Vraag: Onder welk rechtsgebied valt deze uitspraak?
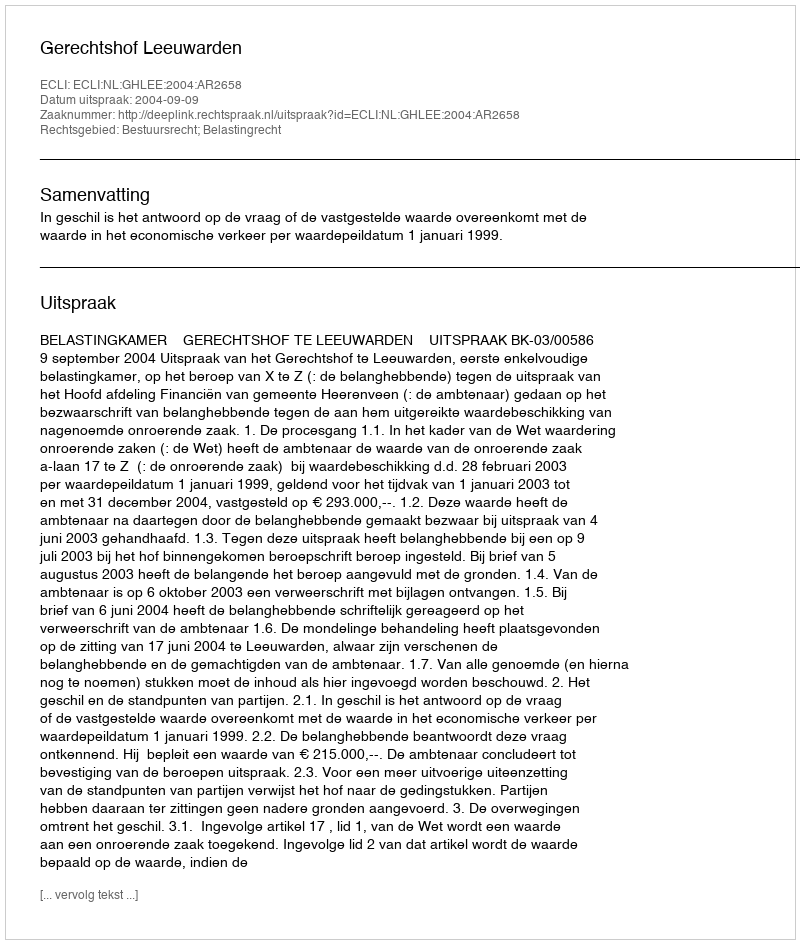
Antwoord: Bestuursrecht; Belastingrecht